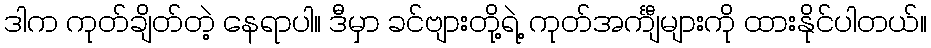
ဒါက ကုတ်ချိတ်တဲ့ နေရာပါ။ ဒီမှာ ခင်ဗျားတို့ရဲ့ ကုတ်အင်္ကျီများကို ထားနိုင်ပါတယ်။